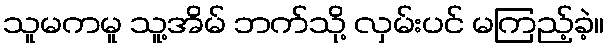
သူမကမူ သူ့အိမ် ဘက်သို့ လှမ်းပင် မကြည့်ခဲ့။